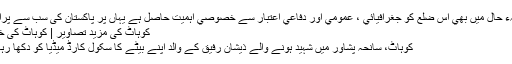
زمانہء حال ميں بھي اس ضلع کو جغرافيائي ، عمومي اور دفاعي اعتبار سے خصوصي اہميت حاصل ہے یہاں پر پاکستان کی سب سے پرانی ..
کوہاٹ کی مزید تصاویر | کوہاٹ کی خبریں
کوہاٹ، سانحہ پشاور میں شہید ہونے والے ذیشان رفیق کے والد اپنے بیٹے کا سکول کارڈ میڈیا کو دکھا رہا ہے۔